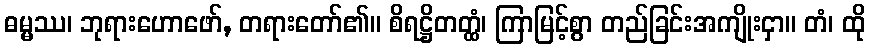
ဓမ္မဿ၊ ဘုရားဟောဖော်, တရားတော်၏။ စိရဋ္ဌိတတ္ထံ၊ ကြာမြင့်စွာ တည်ခြင်းအကျိုးငှာ။ တံ၊ ထို